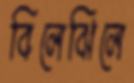
বিলেঝিলে